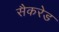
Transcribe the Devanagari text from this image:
सैकरेड